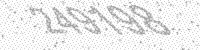
Solution: 249198